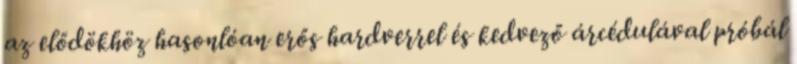
az elődökhöz hasonlóan erős hardverrel és kedvező árcédulával próbál